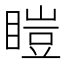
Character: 䁗